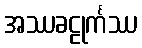
အဿခဠုင်္ကဿ